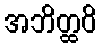
အဘိတ္ထဝိ